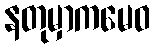
နတုမှာကမေဝ